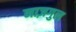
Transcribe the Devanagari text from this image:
नाज़गुल